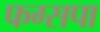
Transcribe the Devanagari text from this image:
फग्सपा